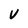
Character: v